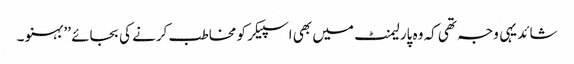
شائد یہی وجہ تھی کہ وہ پارلیمنٹ میں بھی اسپیکر کو مخاطب کرنے کی بجائے ’’ بہنو ۔